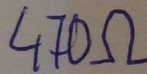
Text: 470Ω